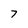
Character: 7